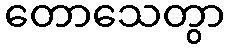
တောသေတွာ